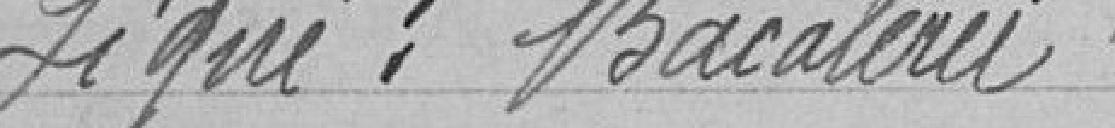
Signé : Bacaleri